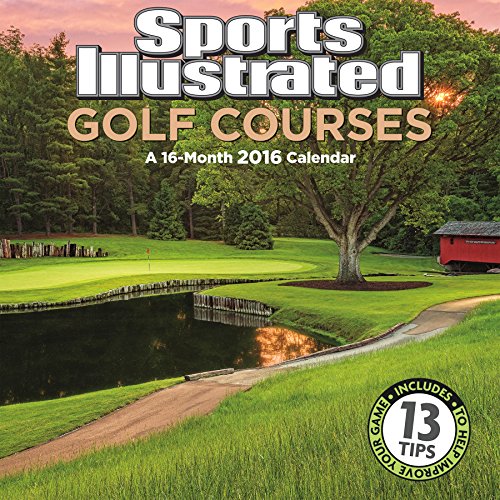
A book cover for Sports Illustrated Golf Courses 2016 Wall Calendar; Trends International; Calendars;